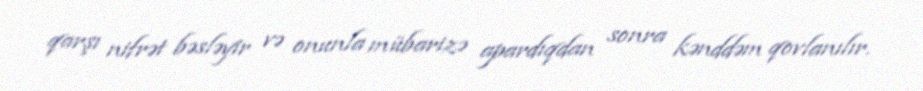
qarşı nifrət bəsləyir və onunla mübarizə apardıqdan sonra kənddəm qovlanılır.